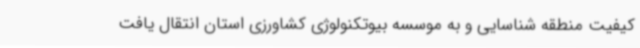
کیفیت منطقه شناسایی و به موسسه بیوتکنولوژی کشاورزی استان انتقال یافت